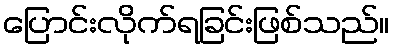
ပြောင်းလိုက်ရခြင်းဖြစ်သည်။